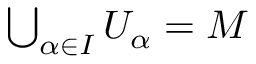
\textstyle \bigcup _ { \alpha \in I } U _ { \alpha } = M